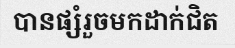
បានផ្សំរួចមកដាក់ជិត